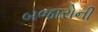
બજારોની